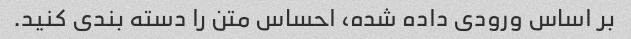
بر اساس ورودی داده شده، احساس متن را دسته بندی کنید.